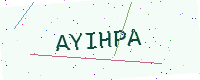
Text: AYIHPA